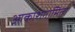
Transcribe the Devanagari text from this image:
आकाशगामिता